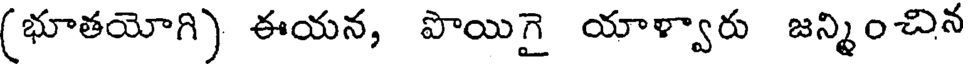
(భూతయోగి) ఈయన, పొయిగై యాళ్వారు జన్మించిన